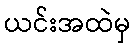
ယင်းအထဲမှ